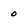
Character: 0